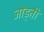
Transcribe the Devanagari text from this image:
जोड़्ती